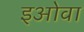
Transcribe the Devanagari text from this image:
इओवा